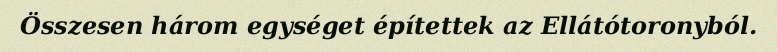
Összesen három egységet építettek az Ellátótoronyból.